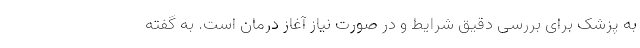
به پزشک برای بررسی دقیق شرایط و در صورت نیاز آغاز درمان است. به گفته